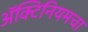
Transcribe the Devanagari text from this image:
ॲक्टिनियमचा